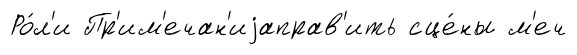
Ро́л'и Пр'им'ечан'иjаправ'ить сце́ны м'еч